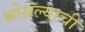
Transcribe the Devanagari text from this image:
भोसल्याची